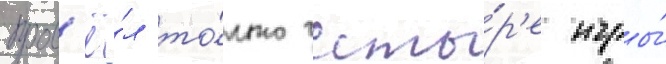
пров'ё́л то́лько четы́р'е игры́